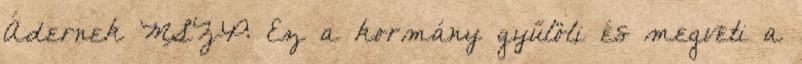
Ádernek MSZP: Ez a kormány gyűlöli és megveti a